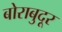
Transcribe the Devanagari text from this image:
बोराबुदूर